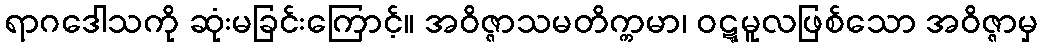
ရာဂဒေါသကို ဆုံးမခြင်းကြောင့်။ အဝိဇ္ဇာသမတိက္ကမာ၊ ဝဋ္ဋမူလဖြစ်သော အဝိဇ္ဇာမှ